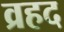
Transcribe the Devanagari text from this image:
व्रहद